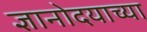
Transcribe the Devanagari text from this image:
ज्ञानोदयाच्या